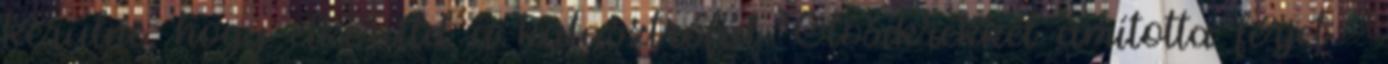
kerülne, hogy elkerüld a katasztrófát Ötösikrekkel ámította férjét -